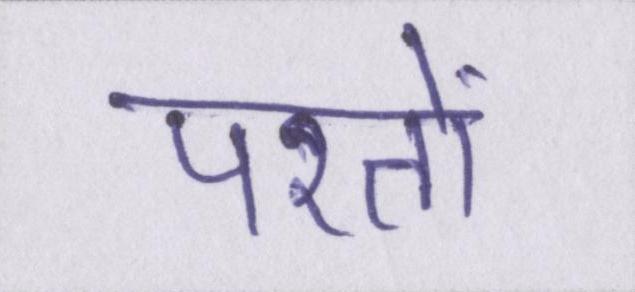
परतों